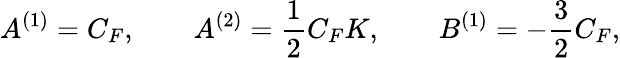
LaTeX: A^{(1)}=C_{F},\qquad A^{(2)}=\frac{1}{2}C_{F}K,\qquad B^{(1)}=-\frac{3}{2}C_{F},